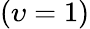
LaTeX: (\upsilon=1)